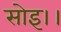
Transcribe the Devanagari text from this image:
सोइ।।